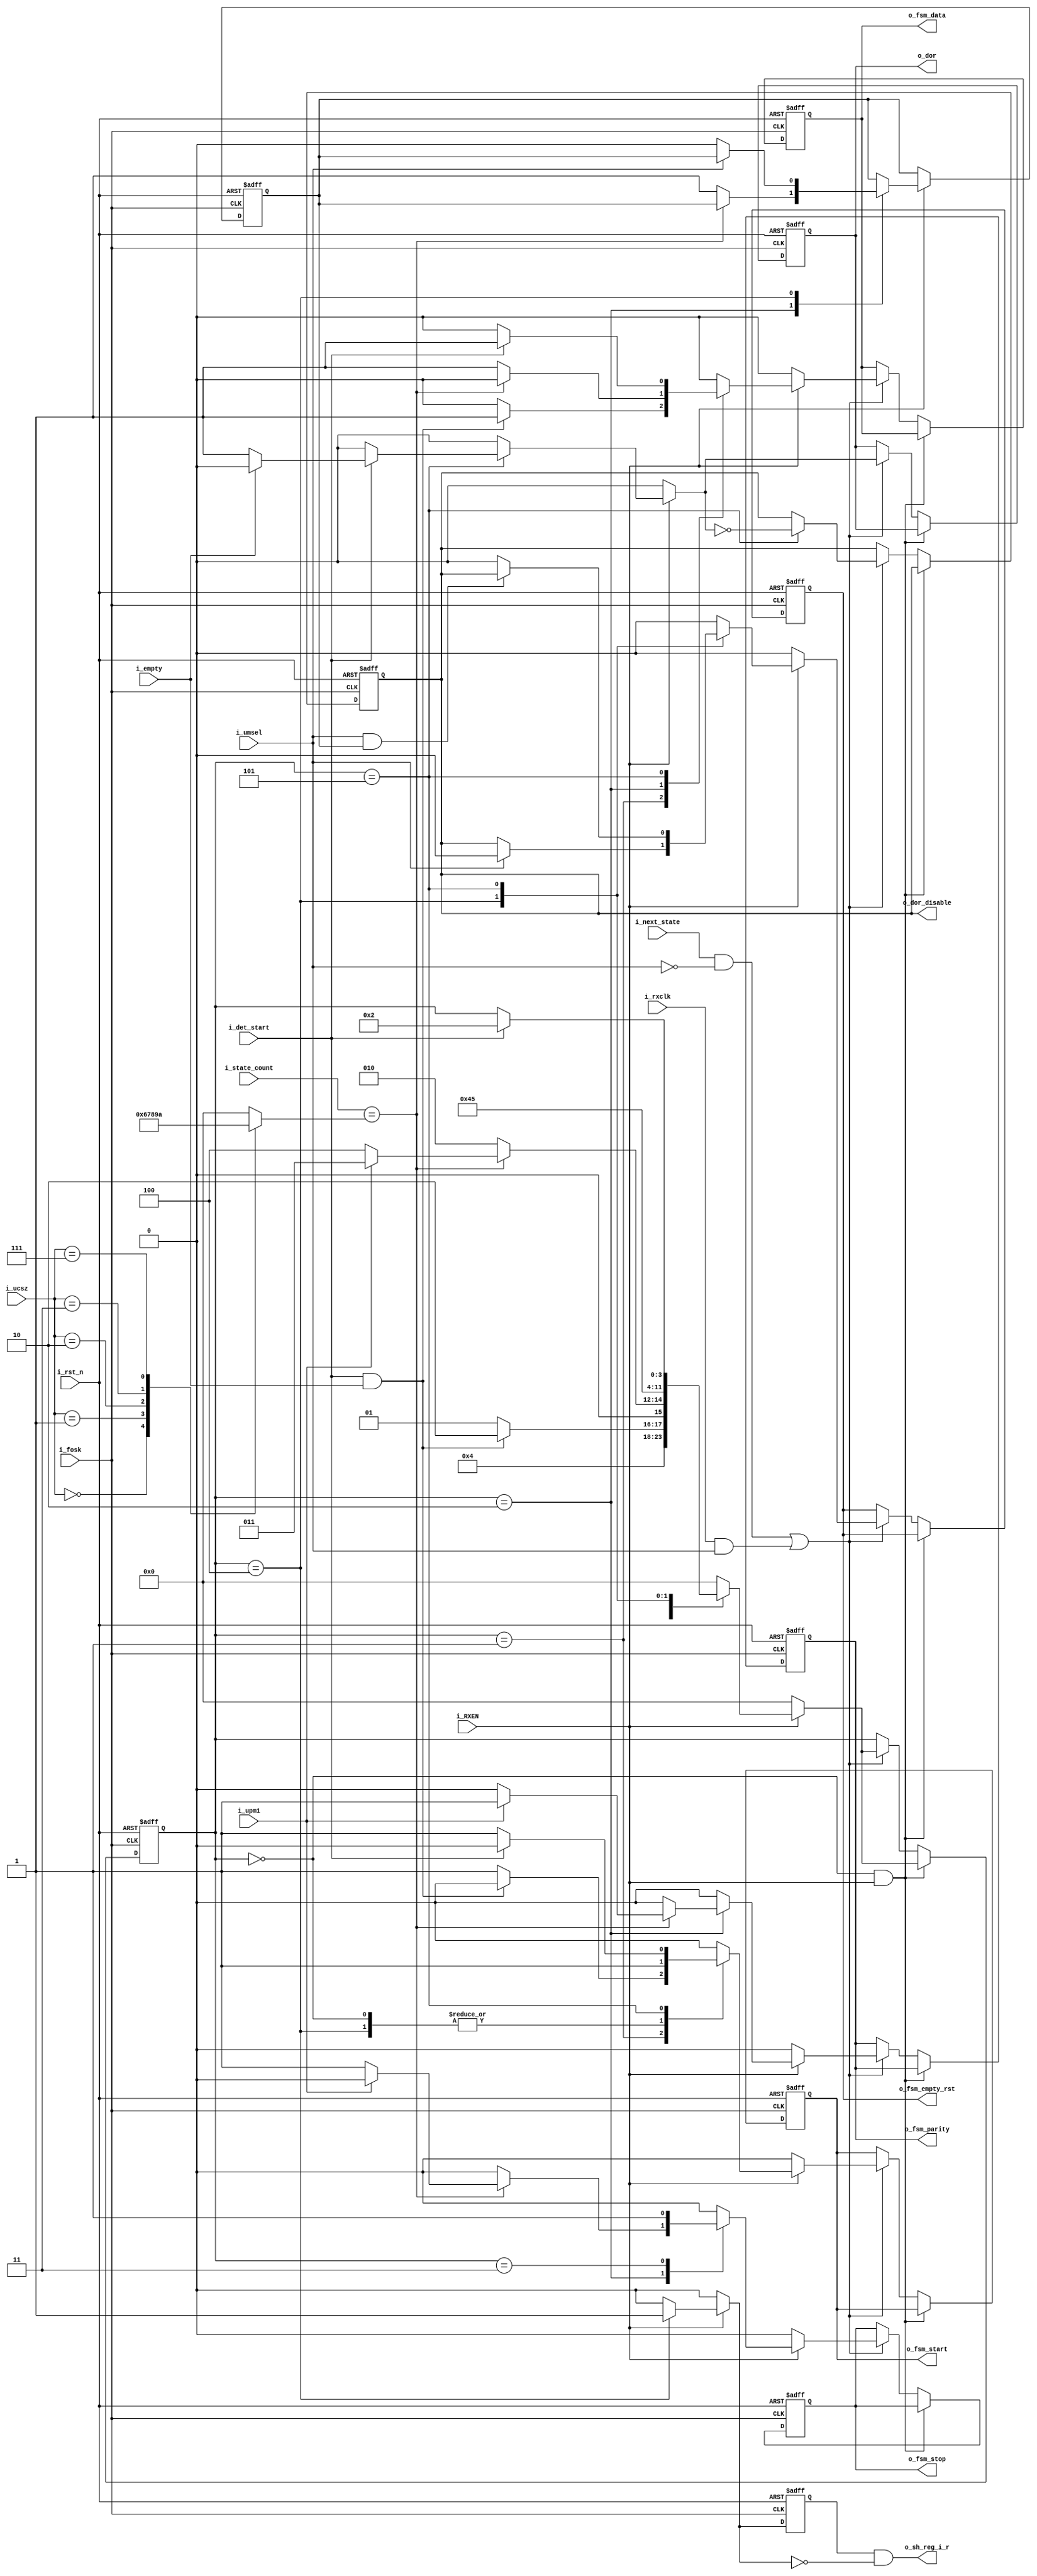
// ---------------------------------------------------------------------------
//
// Description:
//  <Description text here, indented multiple lines allowed>
//
//      by:     smy
// Updated:     $Date: 2011/08/09 12:38:38 $
//              $Author: tgu $
// Revision:    $Revision: 1.1 $
//
// Copyright (c) Melexis Digital Competence Center
//
// ---------------------------------------------------------------------------
`timescale 1ns/ 1ps

module FSM_receiver(	i_fosk,
						i_rst_n,
						i_RXEN,
						i_rxclk,
						i_ucsz,
						i_upm1,
						i_umsel,
						i_det_start,
						i_next_state,
						i_state_count,	
						i_empty,
						o_fsm_empty_rst,
						o_fsm_start,
						o_fsm_parity,
						o_fsm_stop,
						o_fsm_data,
						o_dor,
						o_sh_reg_i_r,
						o_dor_disable
					);

input 			i_fosk;				//	system clock	
input			i_rst_n;			//	reset
input 			i_RXEN;				//  RXEN 
input 			i_rxclk;			//  receiver clock enable
input 	[2:0]	i_ucsz;				//	data size bits UCSZ[2:0]
input 			i_upm1;				//	parity bit even/odd
input 			i_umsel;			//	USART Mode Select	0 - Asynchronous Operation, 1 - Synchronous Operation
input 			i_det_start;		//  start bit came
input			i_next_state;		//	next state enable
input 	[3:0]	i_state_count;		//	state counter
input 			i_empty;			//  empty flag for shift register


output 	reg		o_fsm_empty_rst;	//  FSM write new data into shift register
output	reg		o_fsm_start;		//  receive start bit
output	reg		o_fsm_parity;		//  receive parity bit
output	reg		o_fsm_stop;			//	receive stop bit
output	reg		o_fsm_data;			//  receive data bit
output	reg		o_dor;				//	data overrun
output  		o_sh_reg_i_r;		// 	reset enable for input_shift_register after stop bit
output  reg 	o_dor_disable;		//  if data overrun, wait for the next start bit
////////////////////////////////////////////////////////////////////////////////////
//				FSM states
////////////////////////////////////////////////////////////////////////////////////\
localparam	IDLE = 0; 
localparam	START_0 = 1;
localparam	DATA = 2;
localparam	PARITY = 3;
localparam	STOP = 4;
localparam 	START_1 = 5;
////////////////////////////////////////////////////////////////////////////////////
//				Variables
////////////////////////////////////////////////////////////////////////////////////
reg [3:0]	state;
reg [3:0]	next_state;

reg			fsm_start;
reg 		fsm_empty_rst;
reg			fsm_parity;
reg			fsm_stop;
reg 		fsm_data;
reg			dor;
reg			sh_reg_i_r;	

reg [3:0]	last_data;			// 	value of count for the last data bit
reg 		b_sh_reg_i_r;		//	variable for edge detector of sh_reg_i_r
reg			trans;				//	for transation from asynchronous to synchronous mode
reg 		trans_r;			//	for transation from asynchronous to synchronous mode
////////////////////////////////////////////////////////////////////////////////////
//				FSM
////////////////////////////////////////////////////////////////////////////////////
always@(posedge i_fosk, negedge i_rst_n) begin
	if(!i_rst_n)begin
		state <= IDLE;
		o_fsm_empty_rst <= 1'b0;
		o_fsm_start <= 1'b0;
		o_fsm_parity <= 1'b0;
		o_fsm_stop <= 1'b0;
		o_fsm_data <= 1'b0;
		o_dor <= 1'b0;
		b_sh_reg_i_r <= 1;
		o_dor_disable <= 1;
		trans_r <= 1;
	end
	else begin
		b_sh_reg_i_r <= sh_reg_i_r;																// for edge detector
		
		trans_r <= trans;
		if(state == IDLE & i_RXEN) 																// can leave IDLE state every posedge of MCU clock
			state <= next_state;
		else
			if((i_next_state&!i_umsel)|(i_rxclk&i_umsel)) begin									// Asynchronous | Synchronous modes
					o_fsm_empty_rst <= fsm_empty_rst;
					state <= next_state;
					o_fsm_start <= fsm_start;
					o_fsm_parity <= fsm_parity;
					o_fsm_stop <= fsm_stop;
					o_fsm_data <= fsm_data;
					o_dor <= dor;
					if(state == START_1)														
						o_dor_disable <= ~dor;
			end
	end
end

assign 		o_sh_reg_i_r = b_sh_reg_i_r & !sh_reg_i_r;											// edge detector

always@* begin
	next_state 	= 	state;
	fsm_empty_rst = 1'b0;
	fsm_start = 1'b0;
	fsm_parity = 1'b0;
	fsm_stop = 1'b0;
	fsm_data = 1'b0;
	dor = 1'b0;
	sh_reg_i_r = 0;
	trans = trans_r;
	if(i_RXEN)begin																			// if receiver is on
		case(state)
			IDLE:	if(i_RXEN)begin
						next_state = START_0;
						fsm_start = 1'b1;	
					end
			START_0:if(i_det_start & i_empty) begin
							next_state = DATA;
							fsm_data = 1'b1;
					end
					else begin
						next_state = START_0;
						fsm_start = 1'b1;	
					end
			DATA:	begin
						case(i_ucsz)														// amount of data bits
							3'b000:	last_data = 6;											// 5
							3'b001: last_data = 7;											// 6
							3'b010:	last_data = 8;											// 7
							3'b011:	last_data = 9;											// 8
							3'b111:	last_data = 10;											// 9
							default: last_data = 0;											// ERROR
						endcase
						if(i_state_count == last_data)										
							if(i_upm1)begin
								next_state = PARITY;
								fsm_parity = i_upm1;
							end
							else begin
								next_state = STOP;
								fsm_stop = 1;
							end
						else begin
							next_state = DATA;
							fsm_data = 1'b1;
							trans = 1;
						end	
					end
			PARITY:	begin
						begin
							next_state = STOP;
							fsm_stop = 1;
						end
					end
			STOP:	begin
						next_state = START_1;
						fsm_start = 1;
						if(!i_umsel)	 begin												//	data overrun processing in Asynchronous mode
							fsm_empty_rst = o_dor_disable;
							trans = 0;
						end
						sh_reg_i_r = 1;
					end
			START_1:begin
						sh_reg_i_r = 0;
						if(i_umsel&trans_r)														//	data overrun processing in Synchronous mode
							fsm_empty_rst = o_dor_disable;

						if(i_det_start)
							if(i_empty) begin
								next_state = DATA;
								fsm_data = 1'b1;
							end
							else begin
								next_state = DATA;
								fsm_data = 1'b1;
								dor = i_det_start;
							end
						else begin
							fsm_start = 1;
						end	
					end
			default:next_state = IDLE;
		endcase
	end
	else 																				// if receiver is off
		next_state = IDLE;
end
endmodule